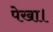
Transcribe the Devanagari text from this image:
पेखा।